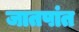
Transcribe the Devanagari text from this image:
जातपांत